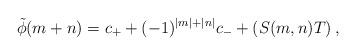
LaTeX: \begin{align*}\tilde{\phi}(m+n) = c_++(-1)^{|m|+|n|}c_-+\left(S(m, n) T\right),\end{align*}